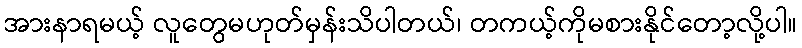
အားနာရမယ့် လူတွေမဟုတ်မှန်းသိပါတယ်၊ တကယ့်ကိုမစားနိုင်တော့လို့ပါ။